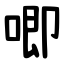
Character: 唧